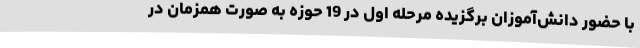
با حضور دانش‌آموزان برگزیده مرحله اول در 19 حوزه به صورت همزمان در